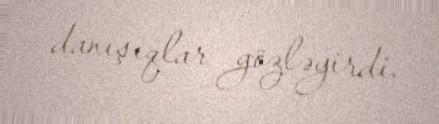
danışıqlar gözləyirdi.